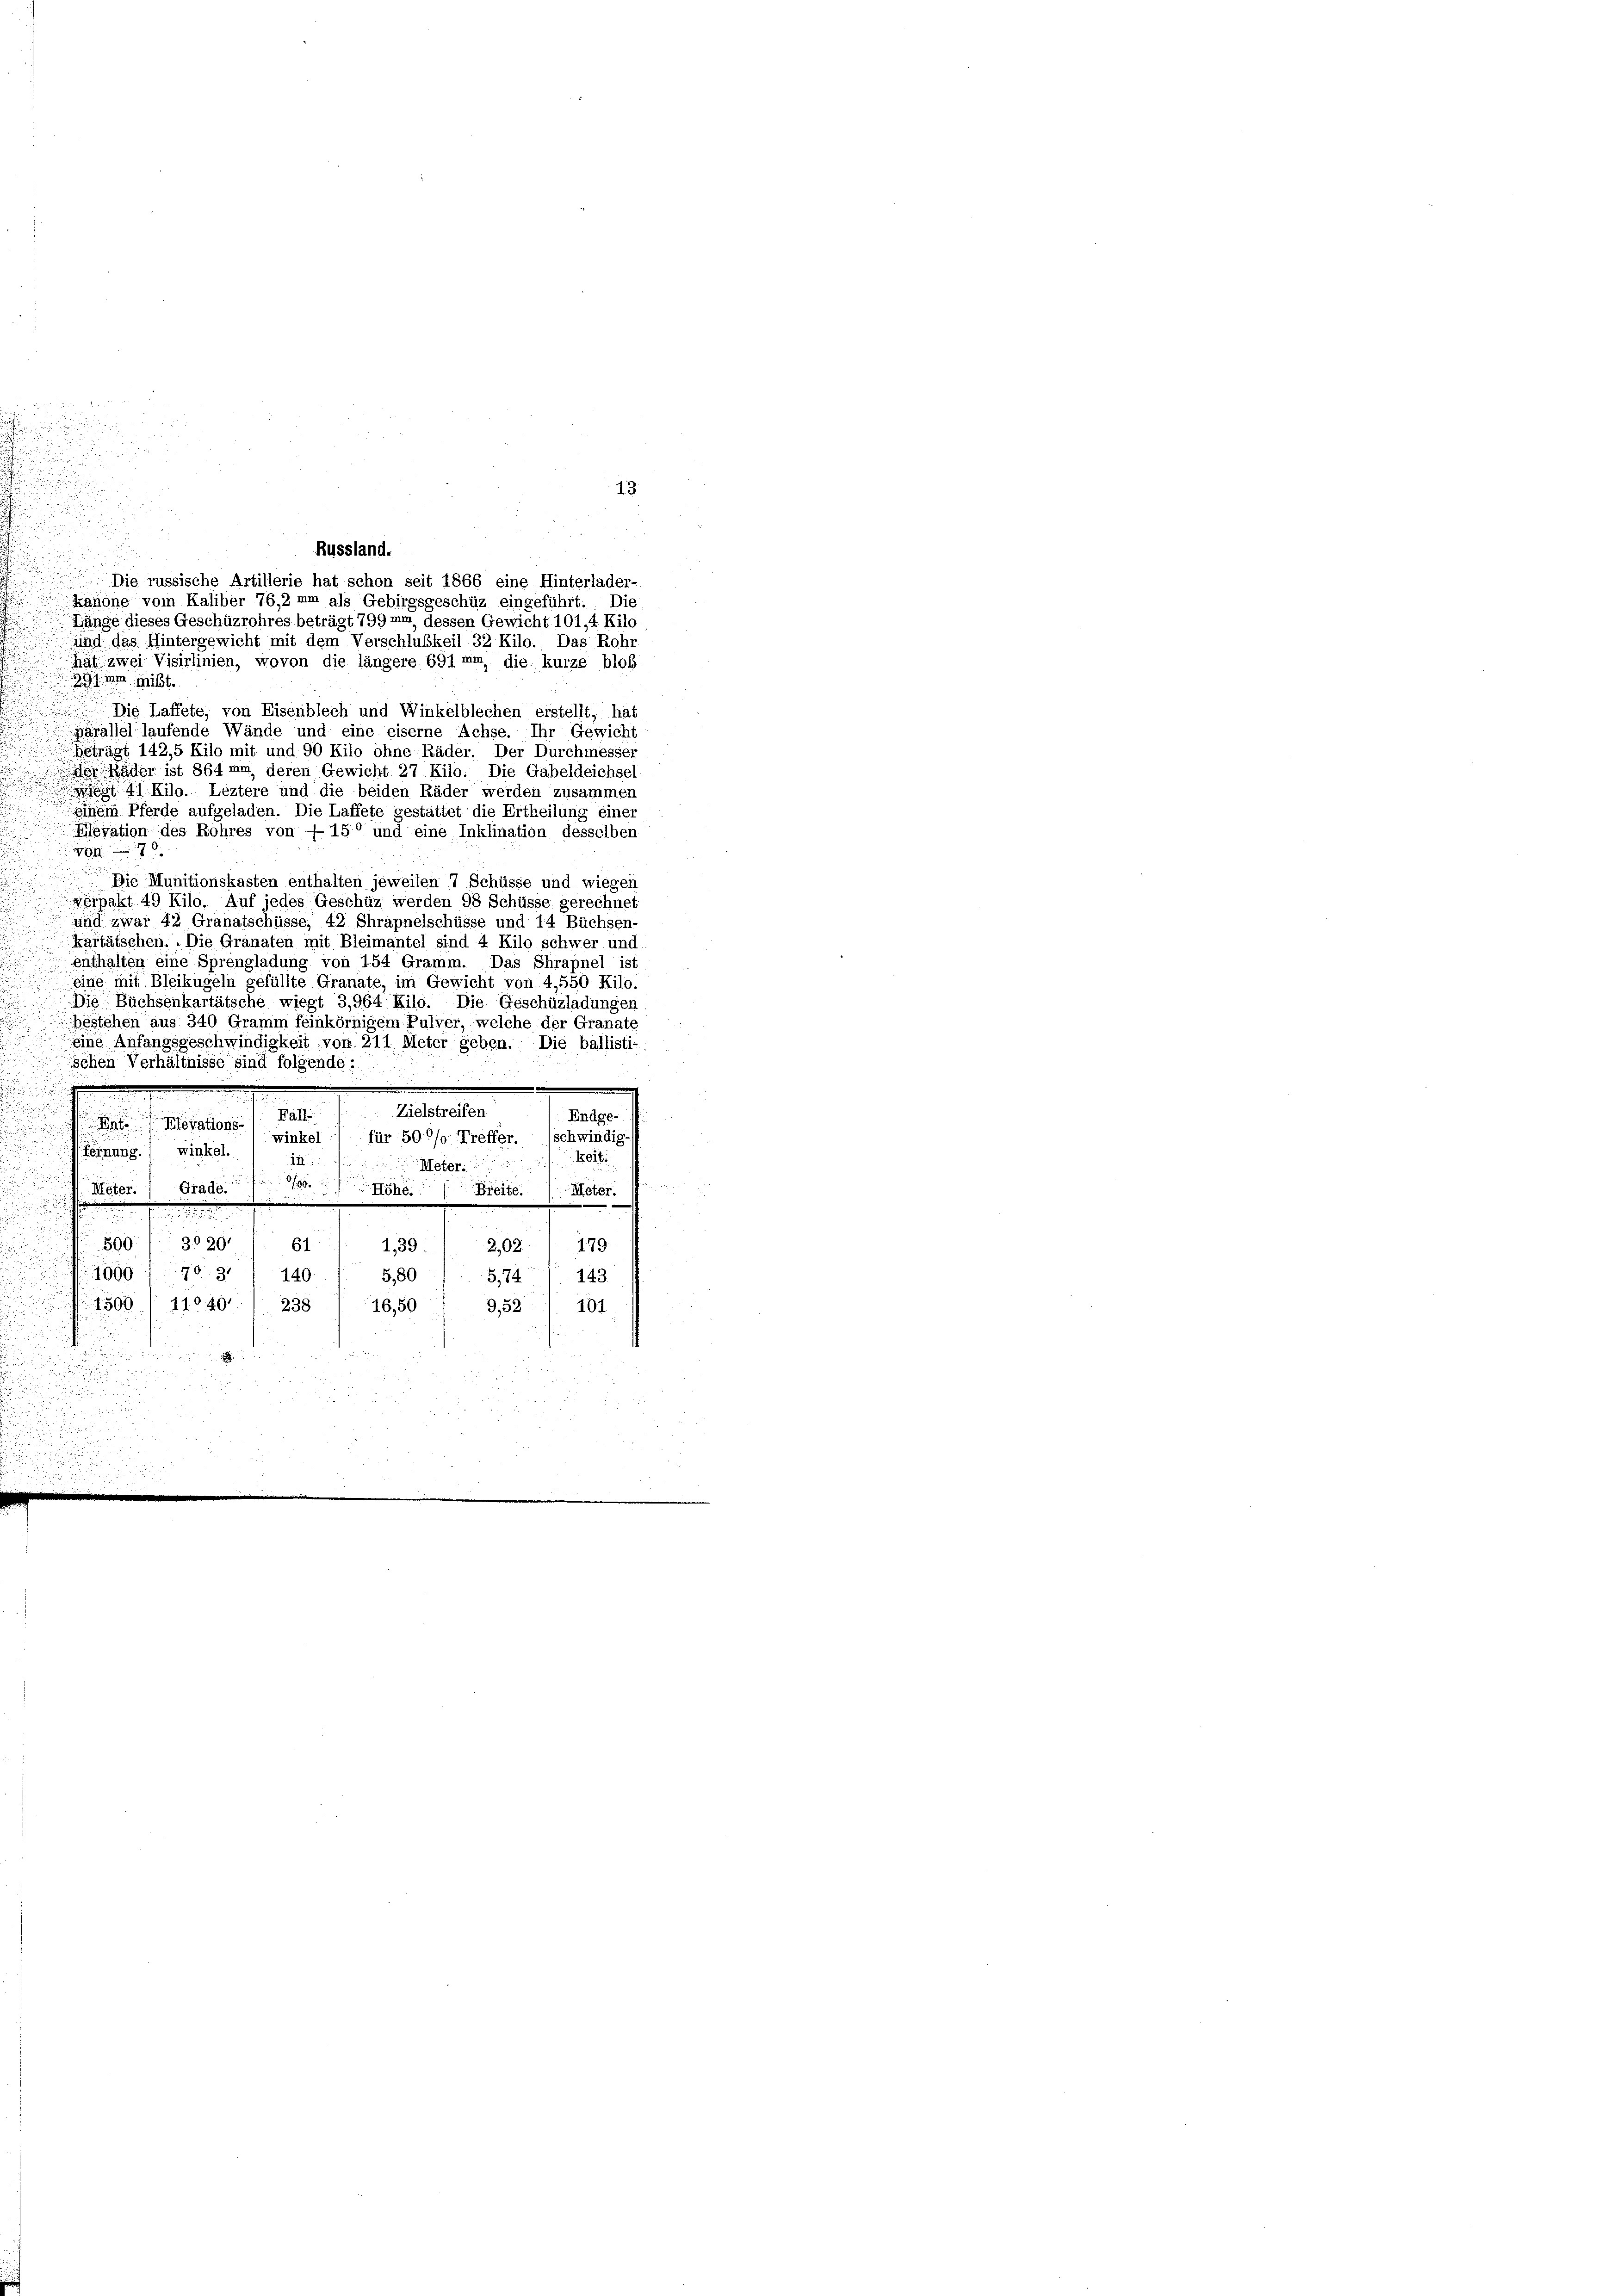
n

13.
Russland.
Die russische Artillerie hat schon seit 1866 eine Hinterlader-
Kanone vom Kaliber 76,2 mm als Gebirgsgeschüz eingeführt. Die
Länge dieses Geschüzrohres beträgt 799mm, dessen Gewicht 101,4 Kilo
und das Hintergewicht mit dem Verschlußkeil 32 Kilo., Das Rohr
hät zwei Visirlinien, wovon die längere 691 mm, die kurze bloß
391 um mißt.
 Die Laffete, von Eisenblech und Winkelblechen erstellt, hat
ärallel laufende Wände und eine eiserne Achse. Ihr Gewicht
Beträgt 142,5 Kilo mit und 90 Kilo ohne Räder. Der Durchmesser
der Räder ist 864 min deren Gewicht 27 Kilo. Die Gabeldeichsel
41 Kilo. Leztere und die beiden Räder werden zusammen
einem Pferde aufgeladen. Die Laffete gestättet die Ertheilung einer
Elevation des Rohres von 150 und eine Inklination desselben
von 7
Die Munitionskasten enthalten jeweilen 7 Schüsse und wiegen
verpakt 49 Kilo. Auf jedes Geschüz werden 98 Schüsse gerechnet
und zwar 42 Granatschüsse, 42 Shrapnelschüsse und 14 Büchsen-
kärtätschen. Die Granaten mit Bleimantel sind 4 Kilo schwer und
enthalten eine Sprengladung von 154 Gramm. Das Shrapnel ist
eine mit Bleikugeln gefüllte Granate, im Gewicht von 4,550 Kilo.
Die Büchsenkartätsche wiegt 3,964 Kilo. Die Geschüzladungen
bestehen aus 340 Gramm feinkörnigem
lver, welche der Granate
eine Anfangsgeschwindigkeit von 211 Meter geben. Die ballisti-
ischen Verhältnisse sind folgende:
.
d
Zielstreifen
Fälle
Endge-
Stovations
winkel für 500/0 Treffer. (schwindig
 Föhnung.  winkel.
Koit
in
Meter.
/86
Meter. Grade.
Breite. Meter.
 Höhe.
e
d
u
500/ 3020 " 61 139. 1 202 (179
1000 f. 70. 31) 140.
5,80
3741 143
1500 " 11040. 238 (16,50
9,52 : 1 101
n